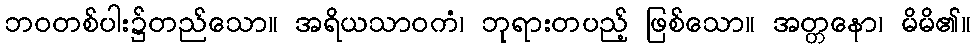
ဘဝတစ်ပါး၌တည်သော။ အရိယသာဝကံ၊ ဘုရားတပည့် ဖြစ်သော။ အတ္တနော၊ မိမိ၏။